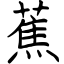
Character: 蕉